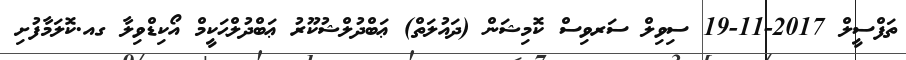
ތަފްސީލް 2017-11-19 ސިވިލް ސަރވިސް ކޮމިޝަން (ދައުލަތް) ޢަބްދުލްޝުކޫރު ޢަބްދުލްޙަކީމް އޯކިޑްވިލާ ގއ.ކޮލަމާފުށި